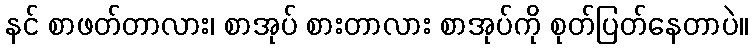
နင် စာဖတ်တာလား၊ စာအုပ် စားတာလား စာအုပ်ကို စုတ်ပြတ်နေတာပဲ။